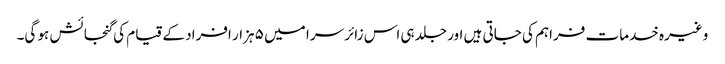
وغیرہ خدمات فراہم کی جاتی ہیں اور جلد ہی اس زائر سرا میں ۵ ہزار افراد کے قیام کی گنجائش ہو گی۔